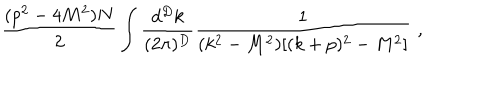
LaTeX: \frac { ( p ^ { 2 } - 4 M ^ { 2 } ) N } 2 \int \frac { d ^ { D } k } { ( 2 \pi ) ^ { D } } \frac { 1 } { ( k ^ { 2 } - M ^ { 2 } ) [ ( k + p ) ^ { 2 } - M ^ { 2 } ] } \, \, ,